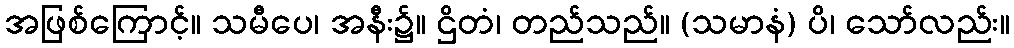
အဖြစ်ကြောင့်။ သမီပေ၊ အနီး၌။ ဌိတံ၊ တည်သည်။ (သမာနံ) ပိ၊ သော်လည်း။